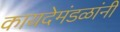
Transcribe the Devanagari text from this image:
कायदेमंडळांनी